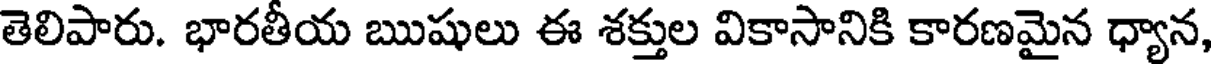
తెలిపారు. భారతీయ ఋషులు ఈ శక్తుల వికాసానికి కారణమైన ధ్యాన,